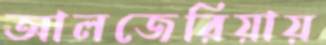
আলজেরিয়ায়